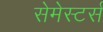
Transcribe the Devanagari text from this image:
सेमेस्टर्स